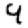
Digit: 9